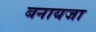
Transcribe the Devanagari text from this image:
बनायजा